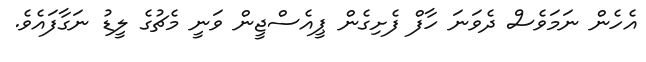
އެހެން ނަމަވެސް ދެވަނަ ހާފް ފެށިގެން ޕީއެސްޖީން ވަނީ މެޗުގެ ލީޑު ނަގާފައެވެ.